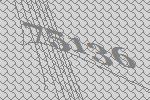
75136